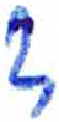
אות: ד